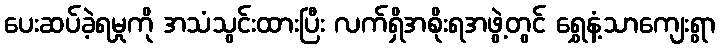
ပေးဆပ်ခဲ့ရမှုကို အသံသွင်းထားပြီး လက်ရှိအစိုးရအဖွဲ့တွင် ရွှေနံ့သာကျေးရွာ